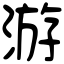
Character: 游